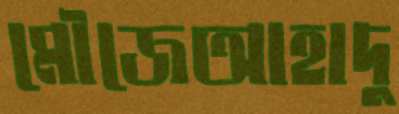
মৌজেআহাদু